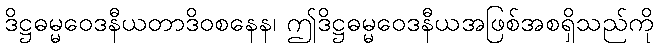
ဒိဋ္ဌဓမ္မဝေဒနီယတာဒိဝစနေန၊ ဤဒိဋ္ဌဓမ္မဝေဒနီယအဖြစ်အစရှိသည်ကို